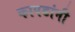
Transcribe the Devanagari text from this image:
कापडांनी